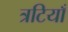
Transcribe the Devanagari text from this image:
त्रटियाँ